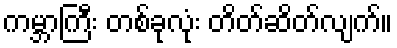
ကမ္ဘာကြီး တစ်ခုလုံး တိတ်ဆိတ်လျက်။